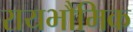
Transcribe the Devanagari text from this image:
रायभौमिक